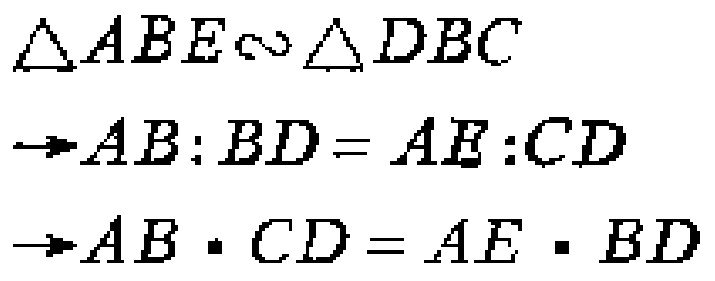
$\begin{align*}
&\triangle ABE\sim\triangle DBC\\
&\rightarrow AB:BD = AE:CD\\
&\rightarrow AB\cdot CD = AE\cdot BD
\end{align*}$